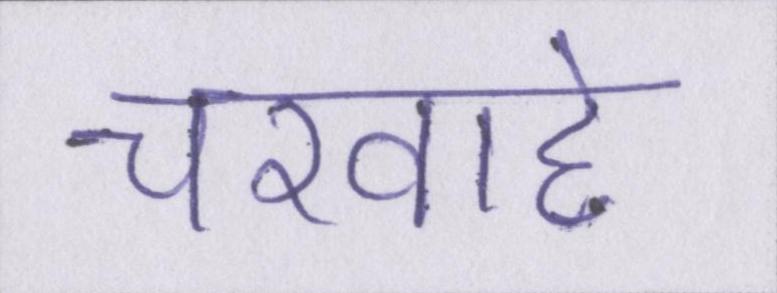
चरवाहे